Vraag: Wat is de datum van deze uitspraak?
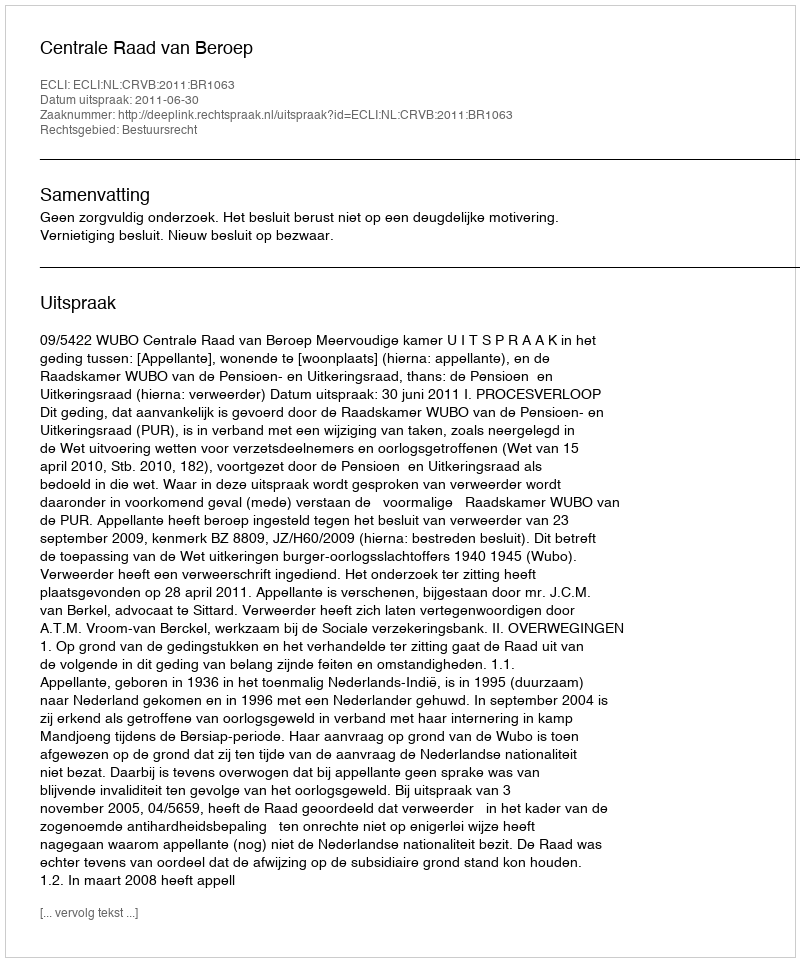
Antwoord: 2011-06-30